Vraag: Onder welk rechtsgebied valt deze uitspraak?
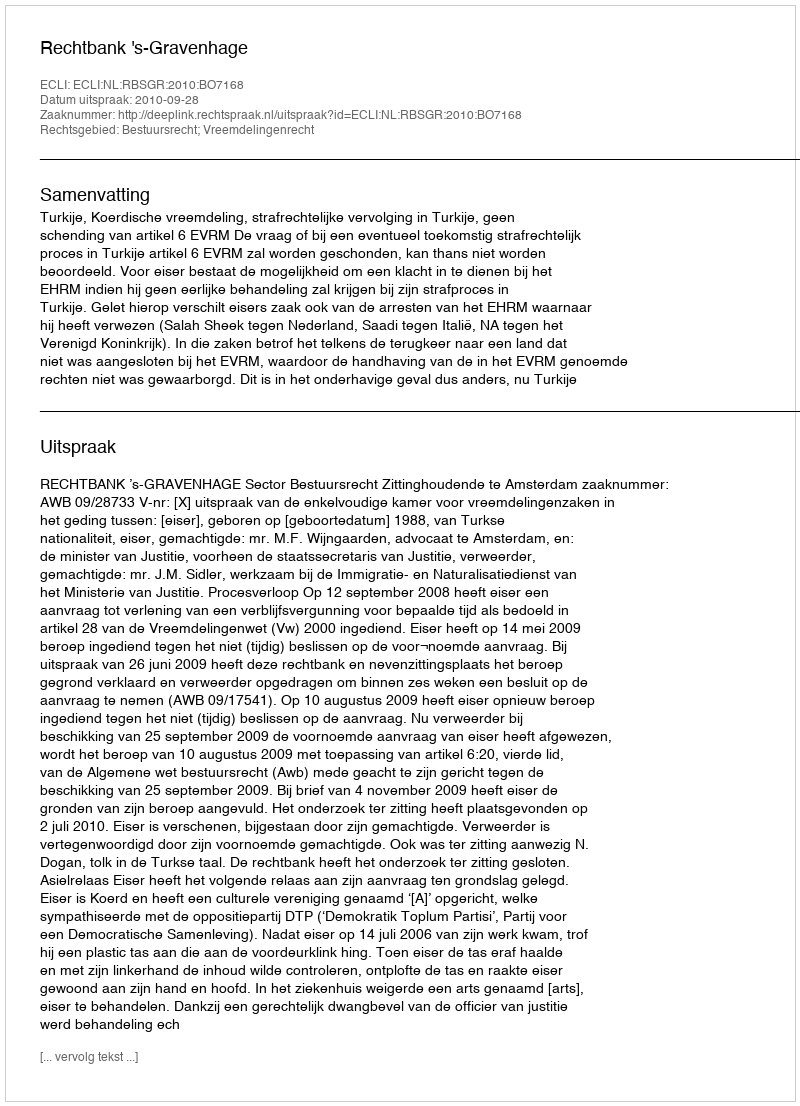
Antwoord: Bestuursrecht; Vreemdelingenrecht